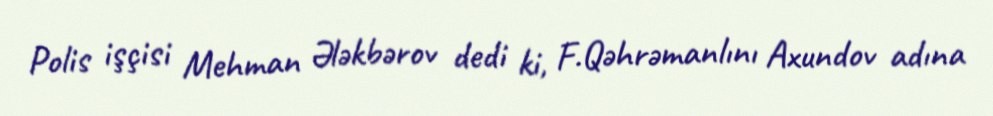
Polis işçisi Mehman Ələkbərov dedi ki, F.Qəhrəmanlını Axundov adına